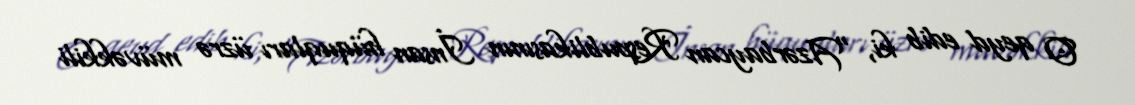
O qeyd edib ki, "Azərbaycan Respublikasının İnsan hüquqları üzrə müvəkkili